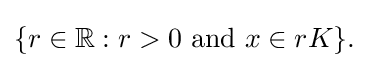
{\textstyle \{r\in \mathbb {R} :r>0{\text{ and }}x\in rK\}.}